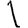
Digit: 1